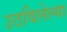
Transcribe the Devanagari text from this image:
उठविलेल्या